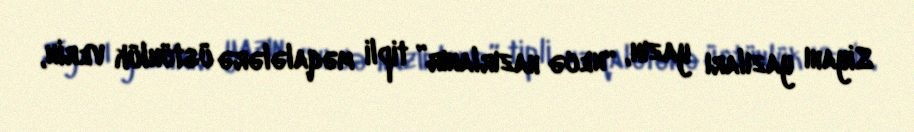
Siyahı yazıları yazın, “necə hazırlanır” tipli məqalələrə üstünlük verin,